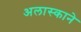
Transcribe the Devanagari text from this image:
अलास्काने